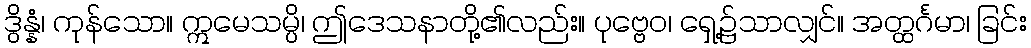
ဒွိန္နံ၊ ကုန်သော။ ဣမေသမ္ပိ၊ ဤဒေသနာတို့၏လည်း။ ပုဗ္ဗေဝ၊ ရှေ့၌သာလျှင်။ အတ္ထင်္ဂမာ၊ ခြင်း